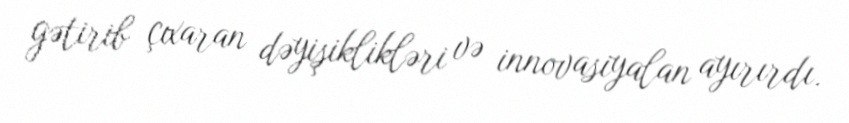
gətirib çıxaran dəyişiklikləri və innovasiyalan ayırırdı.